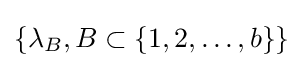
\{\lambda _{B},B\subset \{1,2,\ldots ,b\}\}